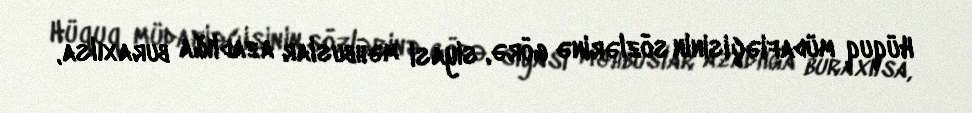
Hüquq müdafiəçisinin sözlərinə görə, siyasi məhbuslar azadlığa buraxılsa,